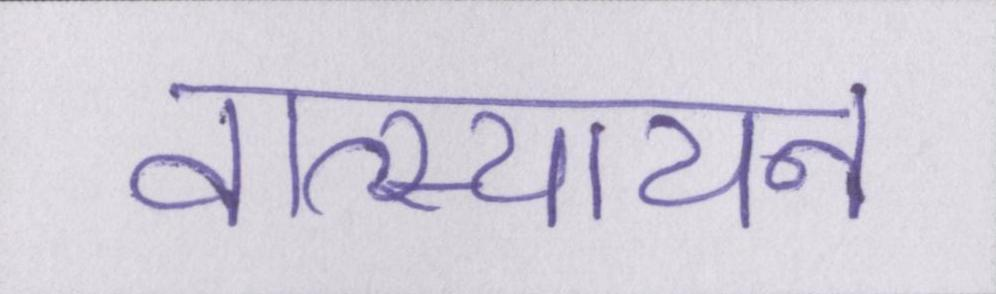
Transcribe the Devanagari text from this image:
वात्स्यायन